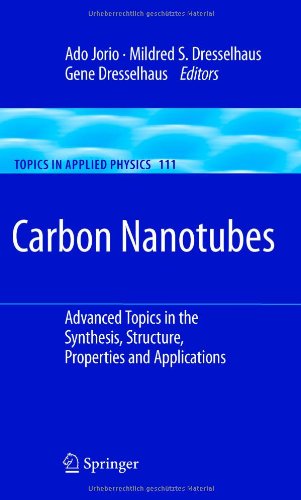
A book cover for Carbon Nanotubes: Advanced Topics in the Synthesis, Structure, Properties and Applications (Topics in Applied Physics); Science & Math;